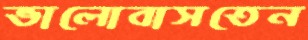
ভালোবাসতেন